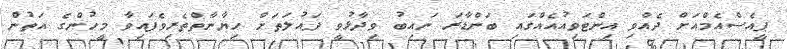
ޕީއެސްއެމްއަށް ދެއްވި އިންޓަވިއުއެއްގައި ބަންޑާރަ ނައިބު ވިދާޅުވީ ދައުލަތަށް ހިޔާނާތްތެރިވެފައިވާ މީހުންގެ އަތުން